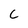
Character: C